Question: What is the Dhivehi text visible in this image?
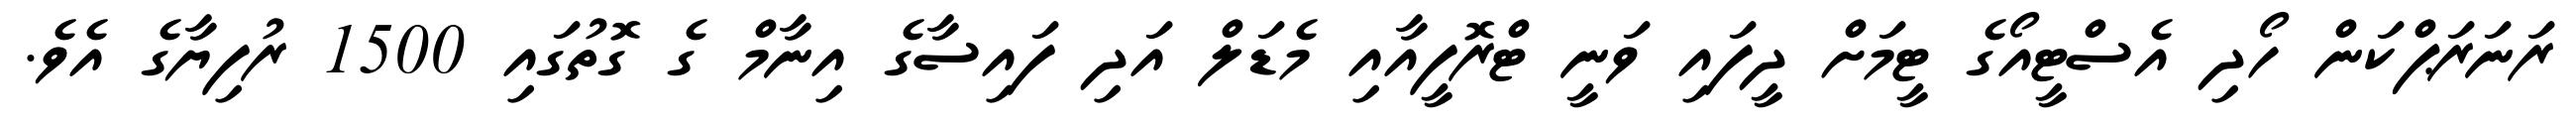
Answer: ރަނަރަޕްކަން ހޯދި އެސްޓީއޯގެ ޓީމަށް ދީފައި ވަނީ ޓްރޮފީއާއި މެޑަލް އަދި ފައިސާގެ އިނާމް ގެ ގޮތުގައި 1500 ރުފިޔާގެ އެވެ.